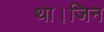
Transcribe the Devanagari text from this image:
था।जिन